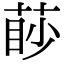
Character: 𦳥